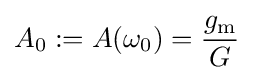
A_{0}:=A(\omega _{0})={\frac {g_{\mathrm {m} }}{G}}